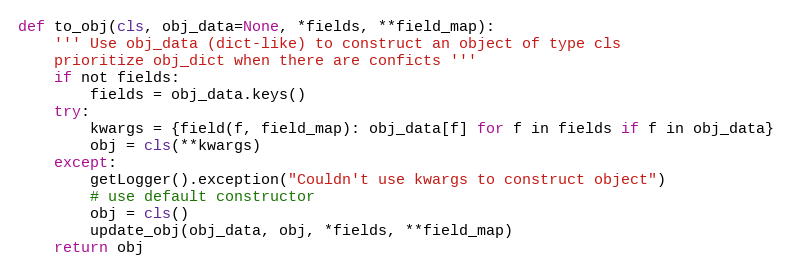
Language: Python
def to_obj(cls, obj_data=None, *fields, **field_map):
    ''' Use obj_data (dict-like) to construct an object of type cls
    prioritize obj_dict when there are conficts '''
    if not fields:
        fields = obj_data.keys()
    try:
        kwargs = {field(f, field_map): obj_data[f] for f in fields if f in obj_data}
        obj = cls(**kwargs)
    except:
        getLogger().exception("Couldn't use kwargs to construct object")
        # use default constructor
        obj = cls()
        update_obj(obj_data, obj, *fields, **field_map)
    return obj